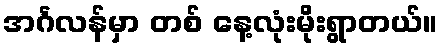
အင်္ဂလန်မှာ တစ် နေ့လုံးမိုးရွာတယ်။